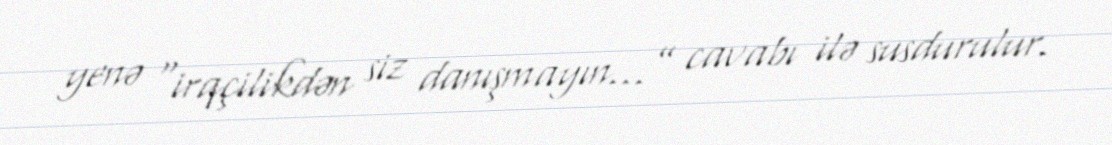
yenə “irqçilikdən siz danışmayın...” cavabı ilə susdurulur.